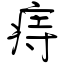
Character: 痔